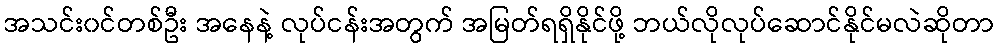
အသင်း၀င်တစ်ဦး အနေနဲ့ လုပ်ငန်းအတွက် အမြတ်ရရှိနိုင်ဖို့ ဘယ်လိုလုပ်ဆောင်နိုင်မလဲဆိုတာ